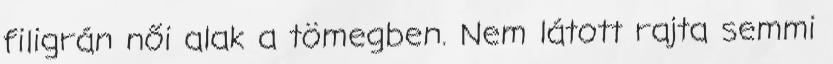
filigrán női alak a tömegben. Nem látott rajta semmi